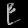
Digit: ၉